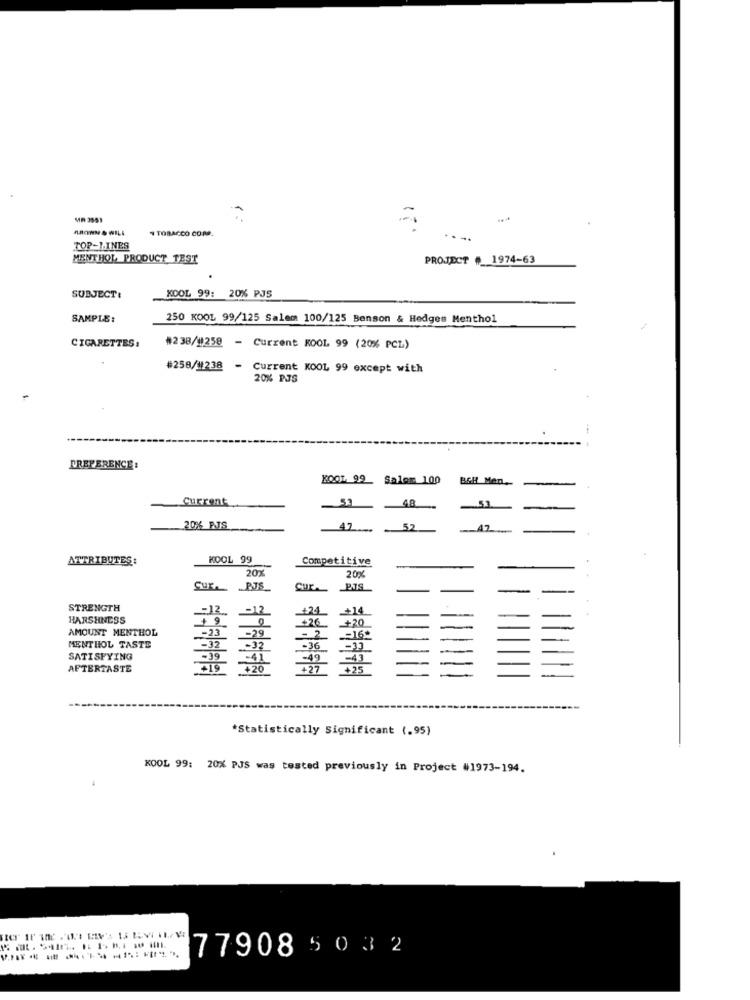
BROWN & WILL
4 TOBACCO CORP.
TOP-LINES
MENTHOL PRODUCT TEST
PROJECT # 1974-63
KOOL 99: 20% PJS
SUBJECT:
SAMPLE:
250 KOOL 99/125 Salem 100/125 Benson & Hedges Menthol
CIGARETTES :
#238/1258 - Current KOOL 99 (20% PCL)
#258/11238 - Current KOOL 99 except with
20% PJS
EREFERENCE:
BGH Men
Current
48
20% PJS
47 ...
52
ATTRIBUTES:
KOOL 99
Competitive
20x
20%
CUT. P.JS
Cur PIS
STRENGTH
HARSHNESS
AMOUNT MENTHOL
+ 5
MENTHOL TASTE
SATISFYING
-39
AFTERTASTE
*Statistically Significant (.95)
KOOL 99: 20% PJS was tested previously in Project #1973-194.
779085 032